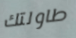
طاولتك